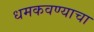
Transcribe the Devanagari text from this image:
धमकवण्याचा